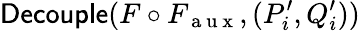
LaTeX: \textsf{Decouple}(F\circ F_{\mathrm{~a~u~x~}},(P_{i}^{\prime},Q_{i}^{\prime}))